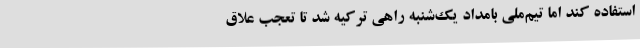
استفاده کند اما تیم‌ملی بامداد یک‌شنبه راهی ترکیه شد تا تعجب علاق